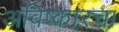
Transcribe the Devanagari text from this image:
अविष्कारचा